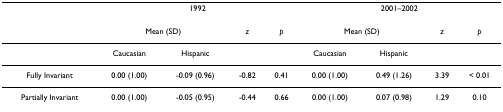
<table><thead><tr><td></td><td colspan="4"><b>1992</b></td><td colspan="4"><b>2001–2002</b></td></tr></thead><tbody><tr><td></td><td colspan="2">Mean (SD)</td><td><i>z</i></td><td><i>p</i></td><td colspan="2">Mean (SD)</td><td><i>z</i></td><td><i>p</i></td></tr><tr><td></td><td>Caucasian</td><td>Hispanic</td><td></td><td></td><td>Caucasian</td><td>Hispanic</td><td></td><td></td></tr><tr><td>Fully Invariant</td><td>0.00 (1.00)</td><td>-0.09 (0.96)</td><td>-0.82</td><td>0.41</td><td>0.00 (1.00)</td><td>0.49 (1.26)</td><td>3.39</td><td>&lt; 0.01</td></tr><tr><td>Partially Invariant</td><td>0.00 (1.00)</td><td>-0.05 (0.95)</td><td>-0.44</td><td>0.66</td><td>0.00 (1.00)</td><td>0.07 (0.98)</td><td>1.29</td><td>0.10</td></tr></tbody></table>